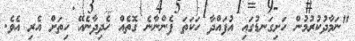
"ނަމާދުކުރުމުން ހަށިގަނޑުގައި އުފައްދާ ހަކަތަ ފެންނާނެ ގޮތެއް ހެދިދާނެއޭ ހިތަށް އެރި އެވެ.